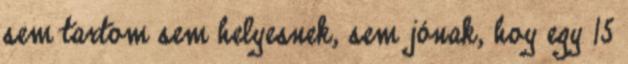
sem tartom sem helyesnek, sem jónak, hoy egy 15